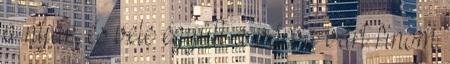
a nyár, és vele együtt a várva várt finom